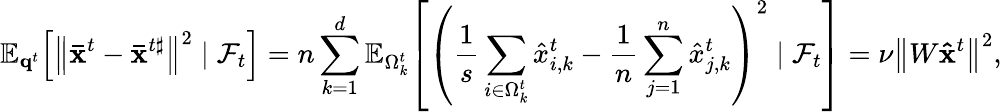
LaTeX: \mathbb{E}_{\mathbf{q}^{t}}\! \left[\left\| \mathbf{\bar{x}}^{t}-\mathbf{\bar{x}}^{t\sharp}\right\| ^{2}\; |\; \mathcal{F}_{t}\right]=n\sum_{k=1}^{d}\mathbb{E}_{\Omega_{k}^{t}}\! \left[\left(\frac{1}{s}\sum_{i\in\Omega_{k}^{t}}\hat{x}_{i,k}^{t}-\frac{1}{n}\sum_{j=1}^{n}\hat{x}_{j,k}^{t}\right)^{2}\; |\; \mathcal{F}_{t}\right]=\nu\left\| W\mathbf{\hat{x}}^{t}\right\| ^{2},